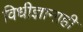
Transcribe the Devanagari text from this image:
विधीज्ञानाही